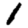
Digit: 1